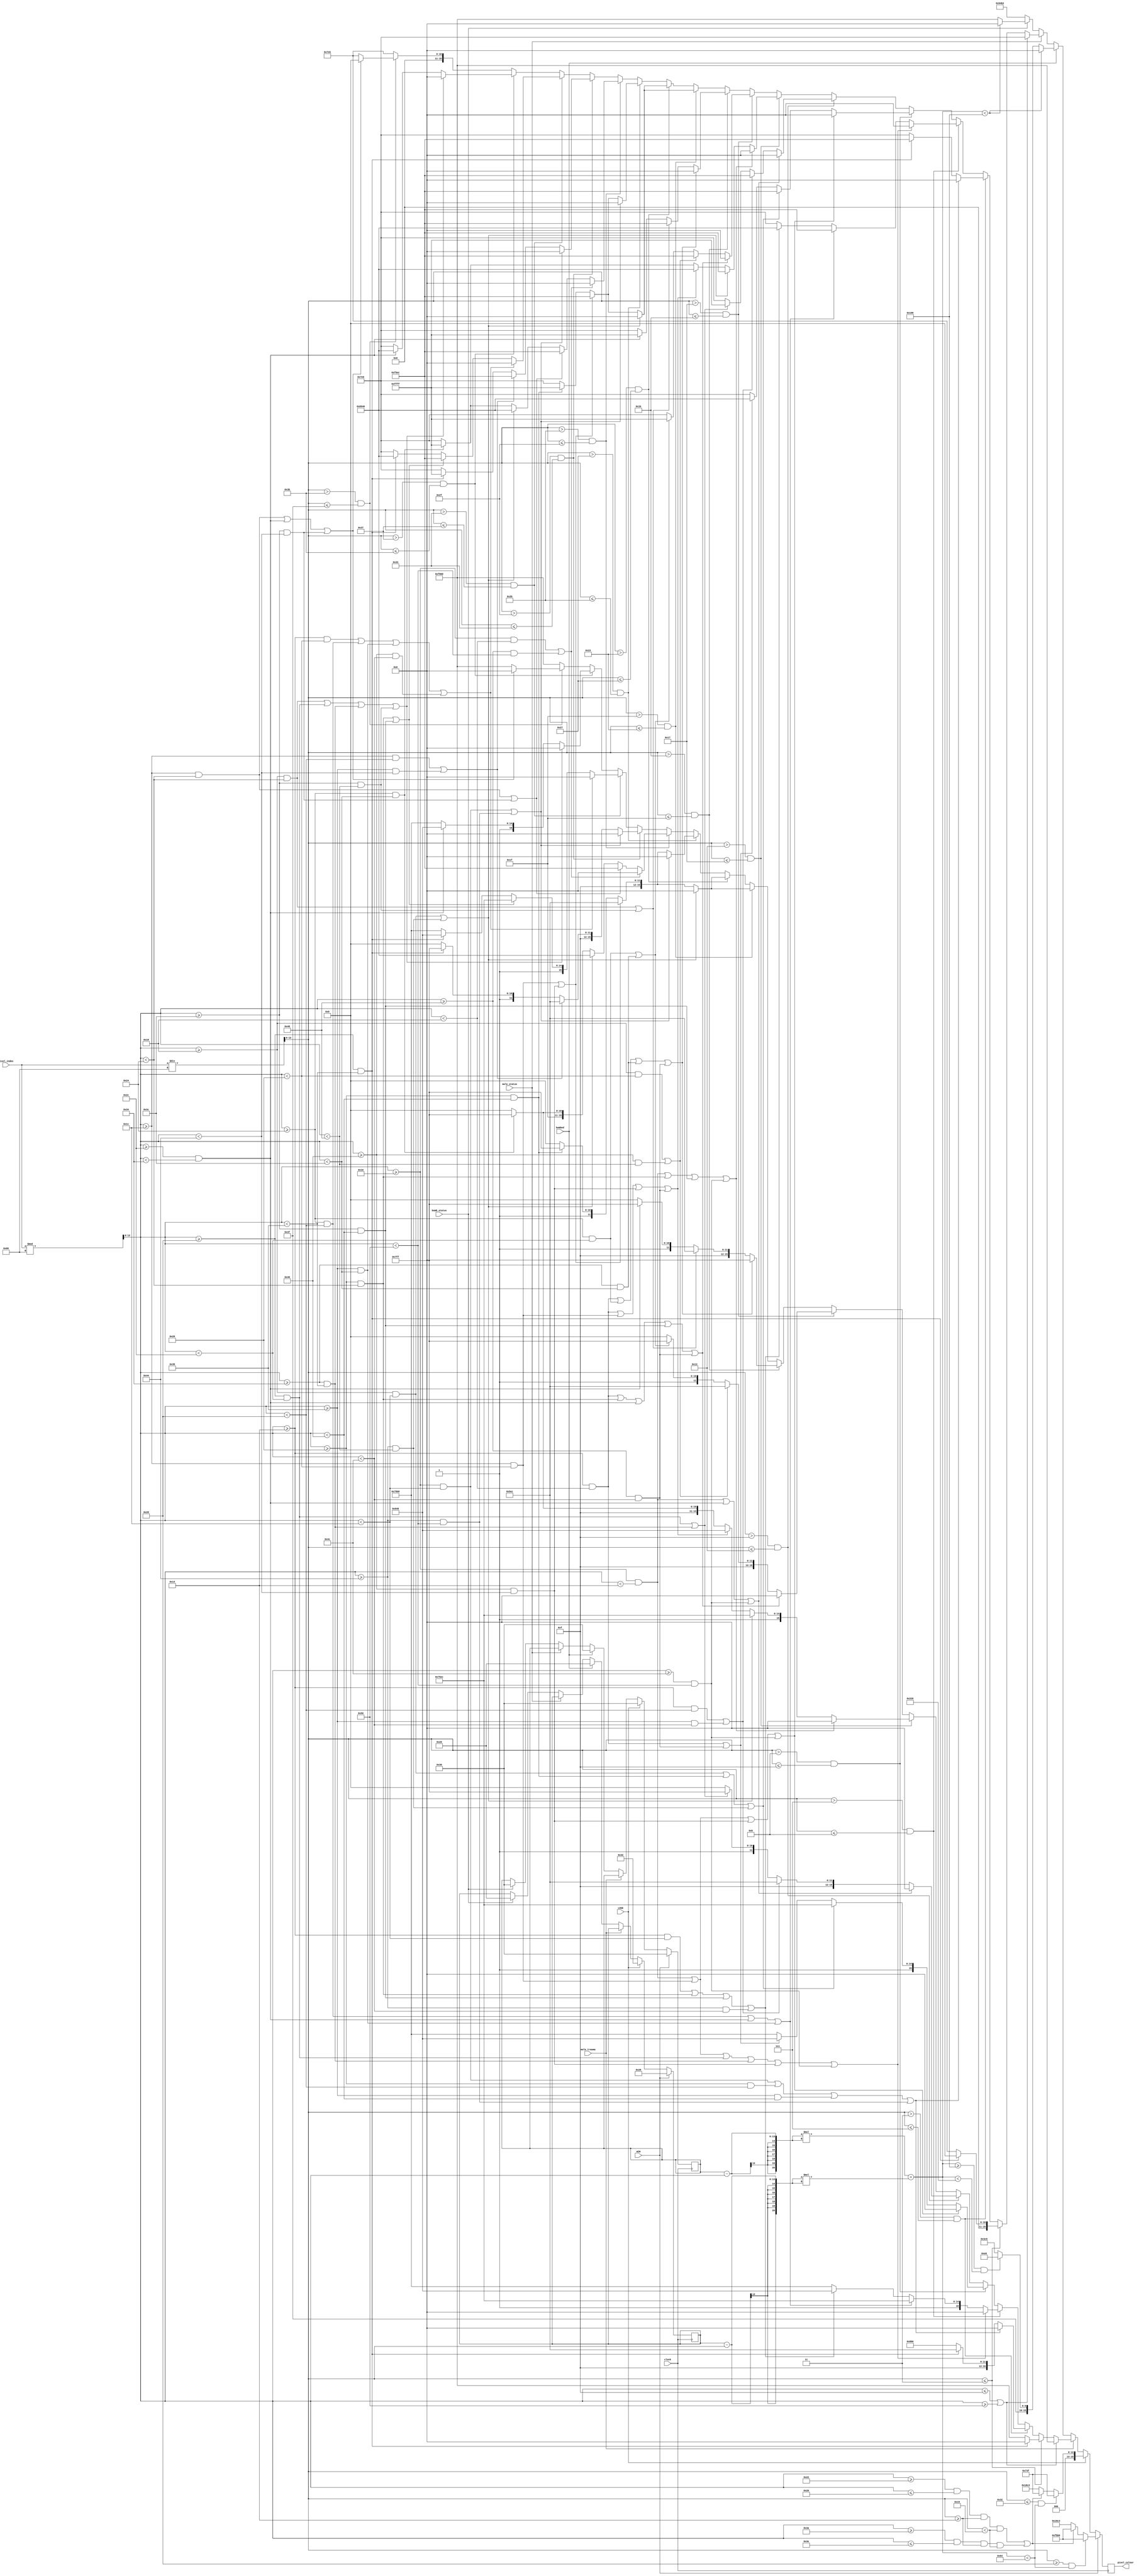
`timescale 1ns / 1ps

module animation(
    input clock,
    input [12:0] pixel_index,
    input mole_status, bomb_status,
    input mole_trauma, bombed,
    input WIN, LOSE,
    output reg [15:0] pixel_colour
    );
    
    // DISPLAYS
    wire [12:0] x,y; wire [20:0] distance;
    assign x = pixel_index % 96;
    assign y = pixel_index/96;
    reg [12:0] x0,y0,r; // for checking distance between center (x0,y0) and any point (x,y)
    assign distance = (x0-x)*(x0-x) + (y0-y)*(y0-y); // for drawing circles (working code)
    always @ (posedge clock) begin
        if (WIN) begin
            x0=48; y0=40;
            pixel_colour = 16'h18C3; // INITIALIZE
            if (y>=40 && distance<100) pixel_colour = 16'hFBB6; // smile :D
            else if ((x>=34 && x<=38 && y>=20 && y<25) || (x>=58 && x<=62 && y>=20 && y<25)) pixel_colour = 16'hFBB6; // eyes
        end
        else if (LOSE) begin
            x0=48; y0=50;
            pixel_colour = 16'h18C3; // INITIALIZE
            if (y<=50 && distance<100) pixel_colour = 16'h073F; // sad D:
            else if ((x>=34 && x<=38 && y>=20 && y<25) || (x>=58 && x<=62 && y>=20 && y<25)) pixel_colour = 16'h073F; // eyes
        end
        else if (mole_trauma) begin
        // HIT MOLE animation (trauma period), same as mole present but with bg colour change
            if (x<=15 || x>=80) begin
            pixel_colour = 16'hF800; // colour change
            end
            else begin
                pixel_colour = 16'hF800; // INITIALIZATION
                // check row by row (max is 16+16 comparisons)
                if (y<=3) // 1
                begin
                    if (x>=40 && x<56) pixel_colour = 16'h0000;
                end
                else if (y>3 && y<=7) // 2
                begin
                    if ((x>=16 && x<28) || (x>=32 && x<40) || (x>=56 && x<64) || (x>=68 && x<80)) pixel_colour = 16'h0000;
                    else if ((x>=40 && x<56)) pixel_colour = 16'hF5EC;
                end
                else if (y>7 && y<=11) // 3
                begin
                    if ((x>=16 && x<20) || (x>=28 && x<32) || (x>=40 && x<44) || (x>=52 && x<56) || (x>=64 && x<68) || (x>=76 && x<80)) pixel_colour = 16'h0000;
                    else if ((x>=36 && x<40) || (x>=44 && x<52) || (x>=56 && x<60)) pixel_colour = 16'hF5EC;
                    else if ((x>=20 && x<28) || (x>=32 && x<36) || (x>=60 && x<64) || (x>=68 && x<76)) pixel_colour = 16'h8940;
                end
                else if (y>11 && y<=15) // 4
                begin
                    if ((x>=16 && x<20) || (x>=28 && x<32) || (x>=64 && x<68) || (x>=76 && x<80)) pixel_colour = 16'h0000;
                    else if ((x>=24 && x<28) || (x>=32 && x<64) || (x>=68 && x<72)) pixel_colour = 16'hF5EC;
                    else if ((x>=20 && x<24) || (x>=72 && x<76)) pixel_colour = 16'h8940;
                end
                else if (y>15 && y<=19) // 5
                begin
                    if ((x>=16 && x<20) || (x>=44 && x<52) || (x>=76 && x<80)) pixel_colour = 16'h0000;
                    else if ((x>=20 && x<40) || (x>=56 && x<76)) pixel_colour = 16'hF5EC;
                    else if ((x>=40 && x<44) || (x>=52 && x<56)) pixel_colour = 16'hFFFF;
                end
                else if (y>19 && y<=23) // 6
                begin
                    if ((x>=16 && x<20) || (x>=32 && x<36) || (x>=60 && x<64) || (x>=76 && x<80)) pixel_colour = 16'h0000;
                    else if ((x>=24 && x<28) || (x>=68 && x<72)) pixel_colour = 16'hF5EC;
                    else if ((x>=20 && x<24) || (x>=28 && x<32) || (x>=64 && x<68) || (x>=72 && x<76)) pixel_colour = 16'h8940;
                    else if ((x>=36 && x<60)) pixel_colour = 16'hFFFF;
                end
                else if (y>23 && y<=27) // 7
                begin
                    if ((x>=20 && x<24) || (x>=32 && x<36) || (x>=44 && x<52) || (x>=60 && x<64) || (x>=72 && x<76)) pixel_colour = 16'h0000;
                    else if ((x>=24 && x<32) || (x>=64 && x<72)) pixel_colour = 16'hF5EC;
                    else if ((x>=36 && x<44) || (x>=52 && x<60)) pixel_colour = 16'hFFFF;
                end
                else if (y>27 && y<=31) // 8
                begin
                    if ((x>=20 && x<24) || (x>=36 && x<44) || (x>=52 && x<60) || (x>=72 && x<76)) pixel_colour = 16'h0000;
                    else if ((x>=24 && x<36) || (x>=60 && x<72)) pixel_colour = 16'hF5EC;
                    else if ((x>=44 && x<52)) pixel_colour = 16'hFFFF;
                end
                else if (y>31 && y<=35) // 9
                begin
                    if ((x>=24 && x<28) || (x>=68 && x<72)) pixel_colour = 16'h0000;
                    else if ((x>=28 && x<32) || (x>=64 && x<68)) pixel_colour = 16'hF5EC;
                    else if ((x>=32 && x<64)) pixel_colour = 16'hFFFF;
                end
                else if (y>35 && y<=39) // 10
                begin
                    if ((x>=24 && x<28) || (x>=68 && x<72)) pixel_colour = 16'h0000;
                    else if ((x>=28 && x<32) || (x>=64 && x<68)) pixel_colour = 16'hF5EC;
                    else if ((x>=32 && x<64)) pixel_colour = 16'hFFFF;
                end
                else if (y>39 && y<=43) // 11
                begin
                    if ((x>=16 && x<28) || (x>=68 && x<80)) pixel_colour = 16'h0000;
                    else if ((x>=28 && x<32) || (x>=64 && x<68)) pixel_colour = 16'hF5EC;
                    else if ((x>=32 && x<64)) pixel_colour = 16'hFFFF;
                end
                else if (y>43 && y<=47) // 12
                begin
                    if ((x>=16 && x<24) || (x>=72 && x<80)) pixel_colour = 16'h0000;
                    else if ((x>=28 && x<36) || (x>=60 && x<68)) pixel_colour = 16'hF5EC;
                    else if ((x>=24 && x<28) || (x>=68 && x<72)) pixel_colour = 16'h8940;
                    else if ((x>=36 && x<60)) pixel_colour = 16'hFFFF;
                end
                else if (y>47 && y<=51) // 13
                begin
                    if ((x>=16 && x<28) || (x>=68 && x<80)) pixel_colour = 16'h0000;
                    else if ((x>=28 && x<40) || (x>=56 && x<68)) pixel_colour = 16'hF5EC;
                    else if ((x>=40 && x<56)) pixel_colour = 16'hFFFF;
                end
                else if (y>51 && y<=55) // 14
                begin
                    if ((x>=20 && x<32) || (x>=36 && x<40) || (x>=56 && x<60) || (x>=64 && x<76)) pixel_colour = 16'h0000;
                    else if ((x>=32 && x<36) || (x>=60 && x<64)) pixel_colour = 16'hF5EC;
                    else if ((x>=40 && x<56)) pixel_colour = 16'h8940;
                end
                else if (y>55 && y<=59) // 15
                begin
                    if ((x>=24 && x<36) || (x>=40 && x<44) || (x>=52 && x<56) || (x>=60 && x<72)) pixel_colour = 16'h0000;
                    else if ((x>=44 && x<52)) pixel_colour = 16'h8940;
                end
                else if (y>59 && y<=63) // 16
                begin
                    if ((x>=28 && x<36) || (x>=44 && x<52) || (x>=60 && x<68)) pixel_colour = 16'h0000;
                end
            end
        end
        
        else if (bombed) begin
        // HIT BOMB animation
            x0=48; y0=32; // middle of screen
            pixel_colour = 16'hFFC0; // INITIALIZE
            if (distance<400) pixel_colour = 16'h0000; // nested circles :O
            else if (distance>=400 && distance<550) pixel_colour = 16'hFCE0;
        end

        else if (mole_status == 1) begin
        // MOLE ALIVE animation
            if (x<=15 || x>=80) begin // the sides
                pixel_colour = 16'h07E6; // green
            end
            else begin
                pixel_colour = 16'h07E6; // INITIALIZATION
                // check row by row (max is 16+16 comparisons)
                if (y<=3) // 1
                begin
                    if (x>=40 && x<56) pixel_colour = 16'h0000;
                end
                else if (y>3 && y<=7) // 2
                begin
                    if ((x>=16 && x<28) || (x>=32 && x<40) || (x>=56 && x<64) || (x>=68 && x<80)) pixel_colour = 16'h0000;
                    else if ((x>=40 && x<56)) pixel_colour = 16'hF5EC;
                end
                else if (y>7 && y<=11) // 3
                begin
                    if ((x>=16 && x<20) || (x>=28 && x<32) || (x>=40 && x<44) || (x>=52 && x<56) || (x>=64 && x<68) || (x>=76 && x<80)) pixel_colour = 16'h0000;
                    else if ((x>=36 && x<40) || (x>=44 && x<52) || (x>=56 && x<60)) pixel_colour = 16'hF5EC;
                    else if ((x>=20 && x<28) || (x>=32 && x<36) || (x>=60 && x<64) || (x>=68 && x<76)) pixel_colour = 16'h8940;
                end
                else if (y>11 && y<=15) // 4
                begin
                    if ((x>=16 && x<20) || (x>=28 && x<32) || (x>=64 && x<68) || (x>=76 && x<80)) pixel_colour = 16'h0000;
                    else if ((x>=24 && x<28) || (x>=32 && x<64) || (x>=68 && x<72)) pixel_colour = 16'hF5EC;
                    else if ((x>=20 && x<24) || (x>=72 && x<76)) pixel_colour = 16'h8940;
                end
                else if (y>15 && y<=19) // 5
                begin
                    if ((x>=16 && x<20) || (x>=44 && x<52) || (x>=76 && x<80)) pixel_colour = 16'h0000;
                    else if ((x>=20 && x<40) || (x>=56 && x<76)) pixel_colour = 16'hF5EC;
                    else if ((x>=40 && x<44) || (x>=52 && x<56)) pixel_colour = 16'hFFFF;
                end
                else if (y>19 && y<=23) // 6
                begin
                    if ((x>=16 && x<20) || (x>=32 && x<36) || (x>=60 && x<64) || (x>=76 && x<80)) pixel_colour = 16'h0000;
                    else if ((x>=24 && x<28) || (x>=68 && x<72)) pixel_colour = 16'hF5EC;
                    else if ((x>=20 && x<24) || (x>=28 && x<32) || (x>=64 && x<68) || (x>=72 && x<76)) pixel_colour = 16'h8940;
                    else if ((x>=36 && x<60)) pixel_colour = 16'hFFFF;
                end
                else if (y>23 && y<=27) // 7
                begin
                    if ((x>=20 && x<24) || (x>=32 && x<36) || (x>=44 && x<52) || (x>=60 && x<64) || (x>=72 && x<76)) pixel_colour = 16'h0000;
                    else if ((x>=24 && x<32) || (x>=64 && x<72)) pixel_colour = 16'hF5EC;
                    else if ((x>=36 && x<44) || (x>=52 && x<60)) pixel_colour = 16'hFFFF;
                end
                else if (y>27 && y<=31) // 8
                begin
                    if ((x>=20 && x<24) || (x>=36 && x<44) || (x>=52 && x<60) || (x>=72 && x<76)) pixel_colour = 16'h0000;
                    else if ((x>=24 && x<36) || (x>=60 && x<72)) pixel_colour = 16'hF5EC;
                    else if ((x>=44 && x<52)) pixel_colour = 16'hFFFF;
                end
                else if (y>31 && y<=35) // 9
                begin
                    if ((x>=24 && x<28) || (x>=68 && x<72)) pixel_colour = 16'h0000;
                    else if ((x>=28 && x<32) || (x>=64 && x<68)) pixel_colour = 16'hF5EC;
                    else if ((x>=32 && x<64)) pixel_colour = 16'hFFFF;
                end
                else if (y>35 && y<=39) // 10
                begin
                    if ((x>=24 && x<28) || (x>=68 && x<72)) pixel_colour = 16'h0000;
                    else if ((x>=28 && x<32) || (x>=64 && x<68)) pixel_colour = 16'hF5EC;
                    else if ((x>=32 && x<64)) pixel_colour = 16'hFFFF;
                end
                else if (y>39 && y<=43) // 11
                begin
                    if ((x>=16 && x<28) || (x>=68 && x<80)) pixel_colour = 16'h0000;
                    else if ((x>=28 && x<32) || (x>=64 && x<68)) pixel_colour = 16'hF5EC;
                    else if ((x>=32 && x<64)) pixel_colour = 16'hFFFF;
                end
                else if (y>43 && y<=47) // 12
                begin
                    if ((x>=16 && x<24) || (x>=72 && x<80)) pixel_colour = 16'h0000;
                    else if ((x>=28 && x<36) || (x>=60 && x<68)) pixel_colour = 16'hF5EC;
                    else if ((x>=24 && x<28) || (x>=68 && x<72)) pixel_colour = 16'h8940;
                    else if ((x>=36 && x<60)) pixel_colour = 16'hFFFF;
                end
                else if (y>47 && y<=51) // 13
                begin
                    if ((x>=16 && x<28) || (x>=68 && x<80)) pixel_colour = 16'h0000;
                    else if ((x>=28 && x<40) || (x>=56 && x<68)) pixel_colour = 16'hF5EC;
                    else if ((x>=40 && x<56)) pixel_colour = 16'hFFFF;
                end
                else if (y>51 && y<=55) // 14
                begin
                    if ((x>=20 && x<32) || (x>=36 && x<40) || (x>=56 && x<60) || (x>=64 && x<76)) pixel_colour = 16'h0000;
                    else if ((x>=32 && x<36) || (x>=60 && x<64)) pixel_colour = 16'hF5EC;
                    else if ((x>=40 && x<56)) pixel_colour = 16'h8940;
                end
                else if (y>55 && y<=59) // 15
                begin
                    if ((x>=24 && x<36) || (x>=40 && x<44) || (x>=52 && x<56) || (x>=60 && x<72)) pixel_colour = 16'h0000;
                    else if ((x>=44 && x<52)) pixel_colour = 16'h8940;
                end
                else if (y>59 && y<=63) // 16
                begin
                    if ((x>=28 && x<36) || (x>=44 && x<52) || (x>=60 && x<68)) pixel_colour = 16'h0000;
                end
            end
        end
        
        else if (bomb_status == 1) begin
        // BOMB ALIVE animation
            x0=48; y0=32; // middle of screen
            pixel_colour = 16'hF800; // INITIALIZE
            if (distance<400) pixel_colour = 16'h0000; // circle :O
        end
        
        else begin
        // background
            pixel_colour = 16'h94B2;
        end
    end
    
endmodule